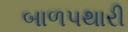
બાળપથારી